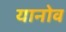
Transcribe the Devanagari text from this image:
यानोव